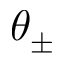
\theta _ { \pm }